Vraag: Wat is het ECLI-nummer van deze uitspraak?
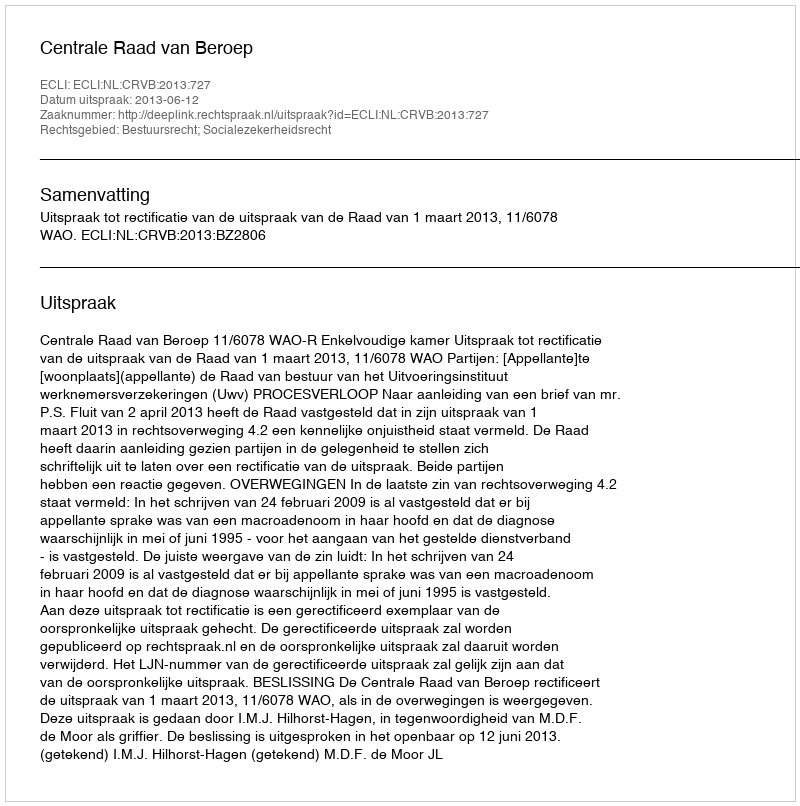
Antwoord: ECLI:NL:CRVB:2013:727